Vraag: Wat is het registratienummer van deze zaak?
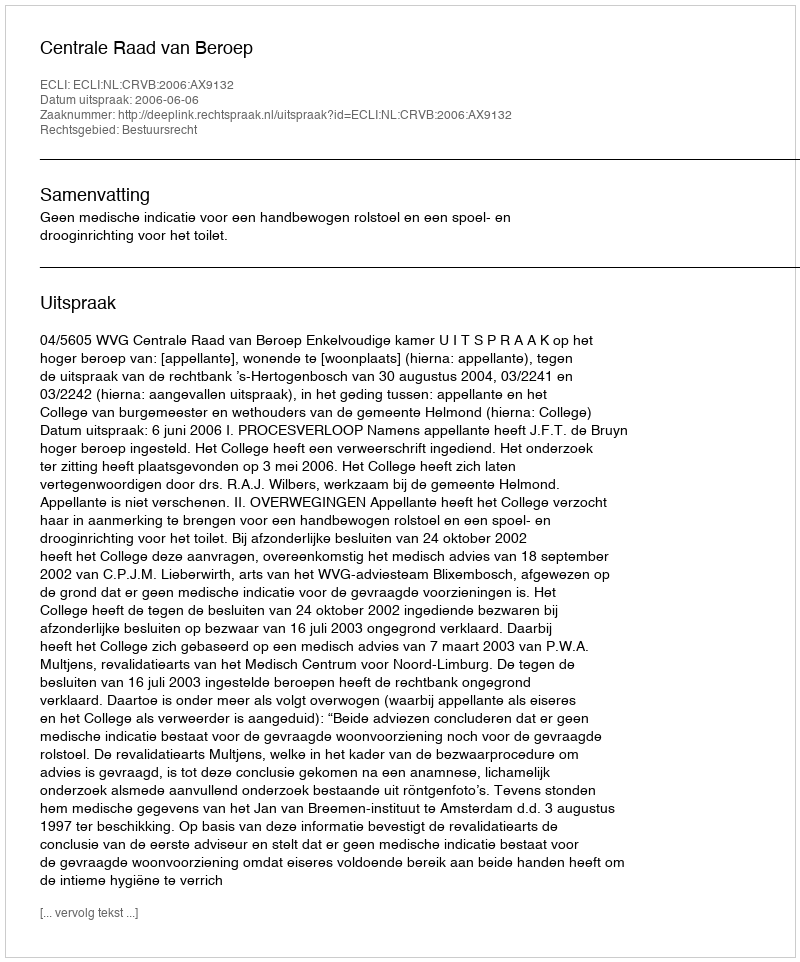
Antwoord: http://deeplink.rechtspraak.nl/uitspraak?id=ECLI:NL:CRVB:2006:AX9132